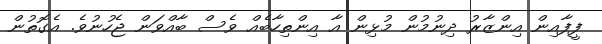
ފީފާއިން އިންޒާރު ދިނުމުން މުޅިން އާ އިންތިހާބެއް ވެސް ބާއްވަން ޖެހުނުވެ. އެގޮތުން